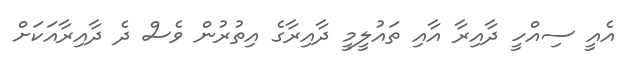
އެއީ ސިއްހީ ދާއިރާ އާއި ތައުލީމީ ދާއިރާގެ އިތުރުން ވެސް ދެ ދާއިރާއަކަށް